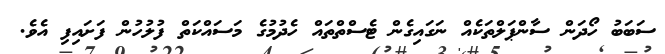
ސަބަބު ހޯދަން ސާންޕަލްތަކެއް ނަގައިގެން ޓެސްތްތައް ހެދުމުގެ މަސައްކަތް ފުލުހުން ފަށައިފި އެވެ.